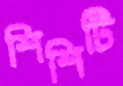
শিশিটি